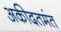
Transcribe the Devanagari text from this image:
अकीदतमंत